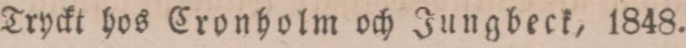
Tryckt hos Cronholm och Jungbeck, 1848.